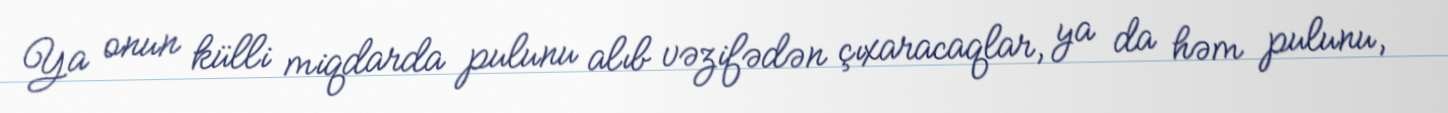
Ya onun külli miqdarda pulunu alıb vəzifədən çıxaracaqlar, ya da həm pulunu,